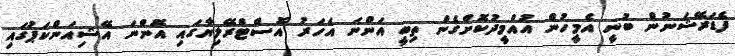
ފެޑަރޭޝަނުން ބުނީ އެމީހުން އުއްމީދުކޮށްގެން ތިބީ އަންނަ އަހަރު އޮސްޓްރޭލިޔާގައި އޮންނަ އޭޝިއަންކަޕުގައި